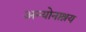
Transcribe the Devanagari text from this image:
अन्योनाश्रय